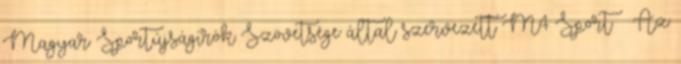
Magyar Sportújságírók Szövetsége által szervezett M4 Sport – Az